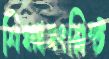
শিক্ষাসংশ্লিষ্ট